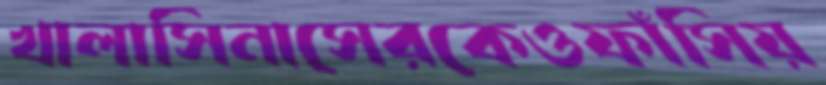
খালাসিনাসেরকেওফাঁসিয়